Distribution and causation of leprosy in British India
Year: 1875
Disease focus: Leprosy
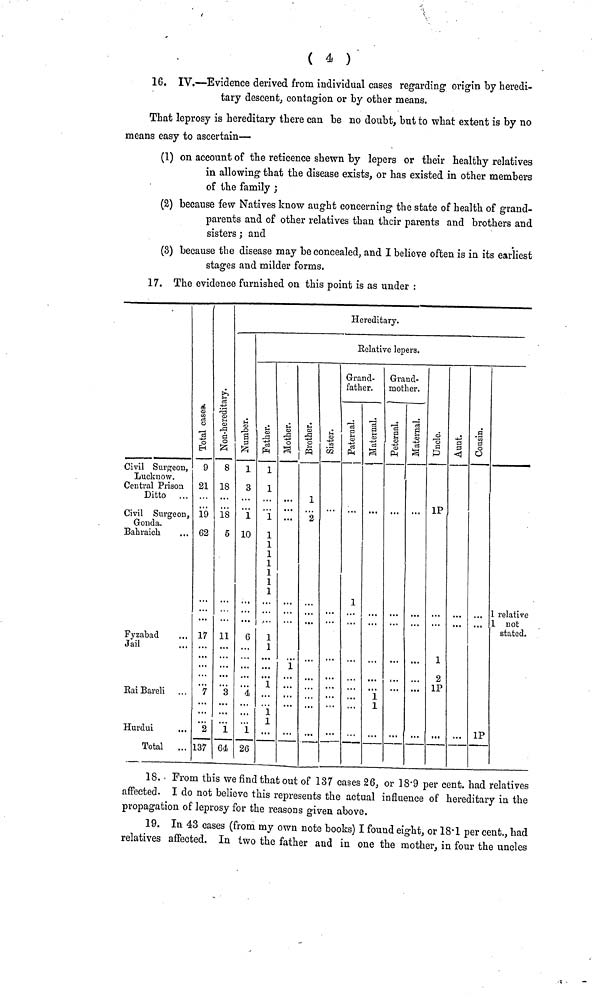
( 4 )
16. IV.—Evidence derived from individual cases regarding origin by heredi-
tary descent, contagion or by other means.
That leprosy is hereditary there can be no doubt, but to what extent is by no
means easy to ascertain—
(1) on account of the reticence shewn by lepers or their healthy relatives
in allowing that the disease exists, or has existed in other members
of the family ;
(2) because few Natives know aught concerning the state of health of grand-
parents and of other relatives than their parents and brothers and
sisters; and
(3) because the disease may be concealed, and I believe often is in its earliest
stages and milder forms.
17. The evidence furnished on this point is as under :
Civil Surgeon,
Lucknow.
Central Prison
Ditto ...
Civil Surgeon,
Gonda.
Bahraich
Fyzabad
Jail
Rai Bareli
Hurdui
...
Total
9
21
19
62
17
7
...
2
137
8
18
18
5
11
3
...
1
64
Hereditary.
1
3
1
10
6
4
...
1
26
Eelative lepers.
1
1
1
1
1
1
1
1
1
1
1
1
1
1
1
• • •
1
2
Gran
fathe
1
d-
r.
1
1
Grand
moth
d-
er.
IP
1
2
1P
1P
1 relative
1 not
stated.
18. From this we find that out of 137 cases 26, or 18.9 per cent. had relatives
affected. I do not believe this represents the actual influence of hereditary in the
propagation of leprosy for the reasons given above.
19. In 43 cases (from my own note books) I found eight, or 18.1 per cent., had
relatives affected. In two the father and in one the mother, in four the uncles